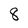
Character: 8